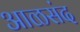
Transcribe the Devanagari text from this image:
आळसंद